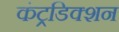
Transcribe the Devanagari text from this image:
कंट्रडिक्शन